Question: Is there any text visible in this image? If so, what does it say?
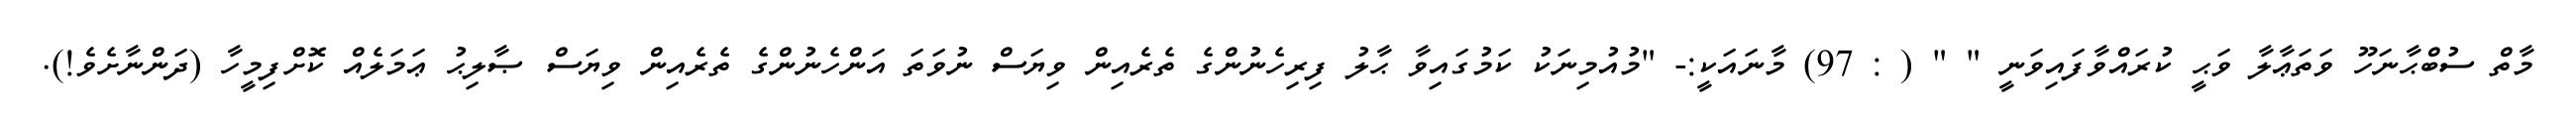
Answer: މާތް ސުބްޙާނަހޫ ވަތަޢާލާ ވަޙީ ކުރައްވާފައިވަނީ " " ( : 97) މާނައަކީ:- "މުއުމިނަކު ކަމުގައިވާ ޙާލު ފިރިހެނުންގެ ތެރެއިން ވިޔަސް ނުވަތަ އަންހެނުންގެ ތެރެއިން ވިޔަސް ޞާލިޙު ޢަމަލެއް ކޮށްފިމީހާ (ދަންނާށެވެ!).